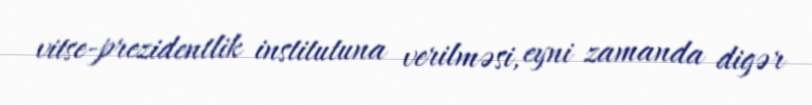
vitse-prezidentlik institutuna verilməsi, eyni zamanda digər